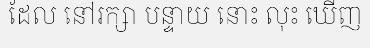
ដែល នៅរក្សា បន្ទាយ នោះ លុះ ឃើញ